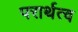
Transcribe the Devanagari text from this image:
परार्थत्व